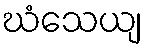
ဃံသေယျ